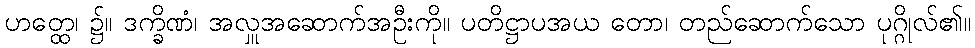
ဟတ္ထေ၊ ၌။ ဒက္ခိဏံ၊ အလှူအဆောက်အဦးကို။ ပတိဋ္ဌာပအယ တော၊ တည်ဆောက်သော ပုဂ္ဂိုလ်၏။